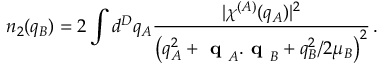
n _ { 2 } ( q _ { B } ) = 2 \int d ^ { D } q _ { A } \frac { \lvert \chi ^ { ( A ) } ( q _ { A } ) \rvert ^ { 2 } } { \left( q _ { A } ^ { 2 } + \textbf { q } _ { A } . \textbf { q } _ { B } + q _ { B } ^ { 2 } / 2 \mu _ { B } \right) ^ { 2 } } \, .